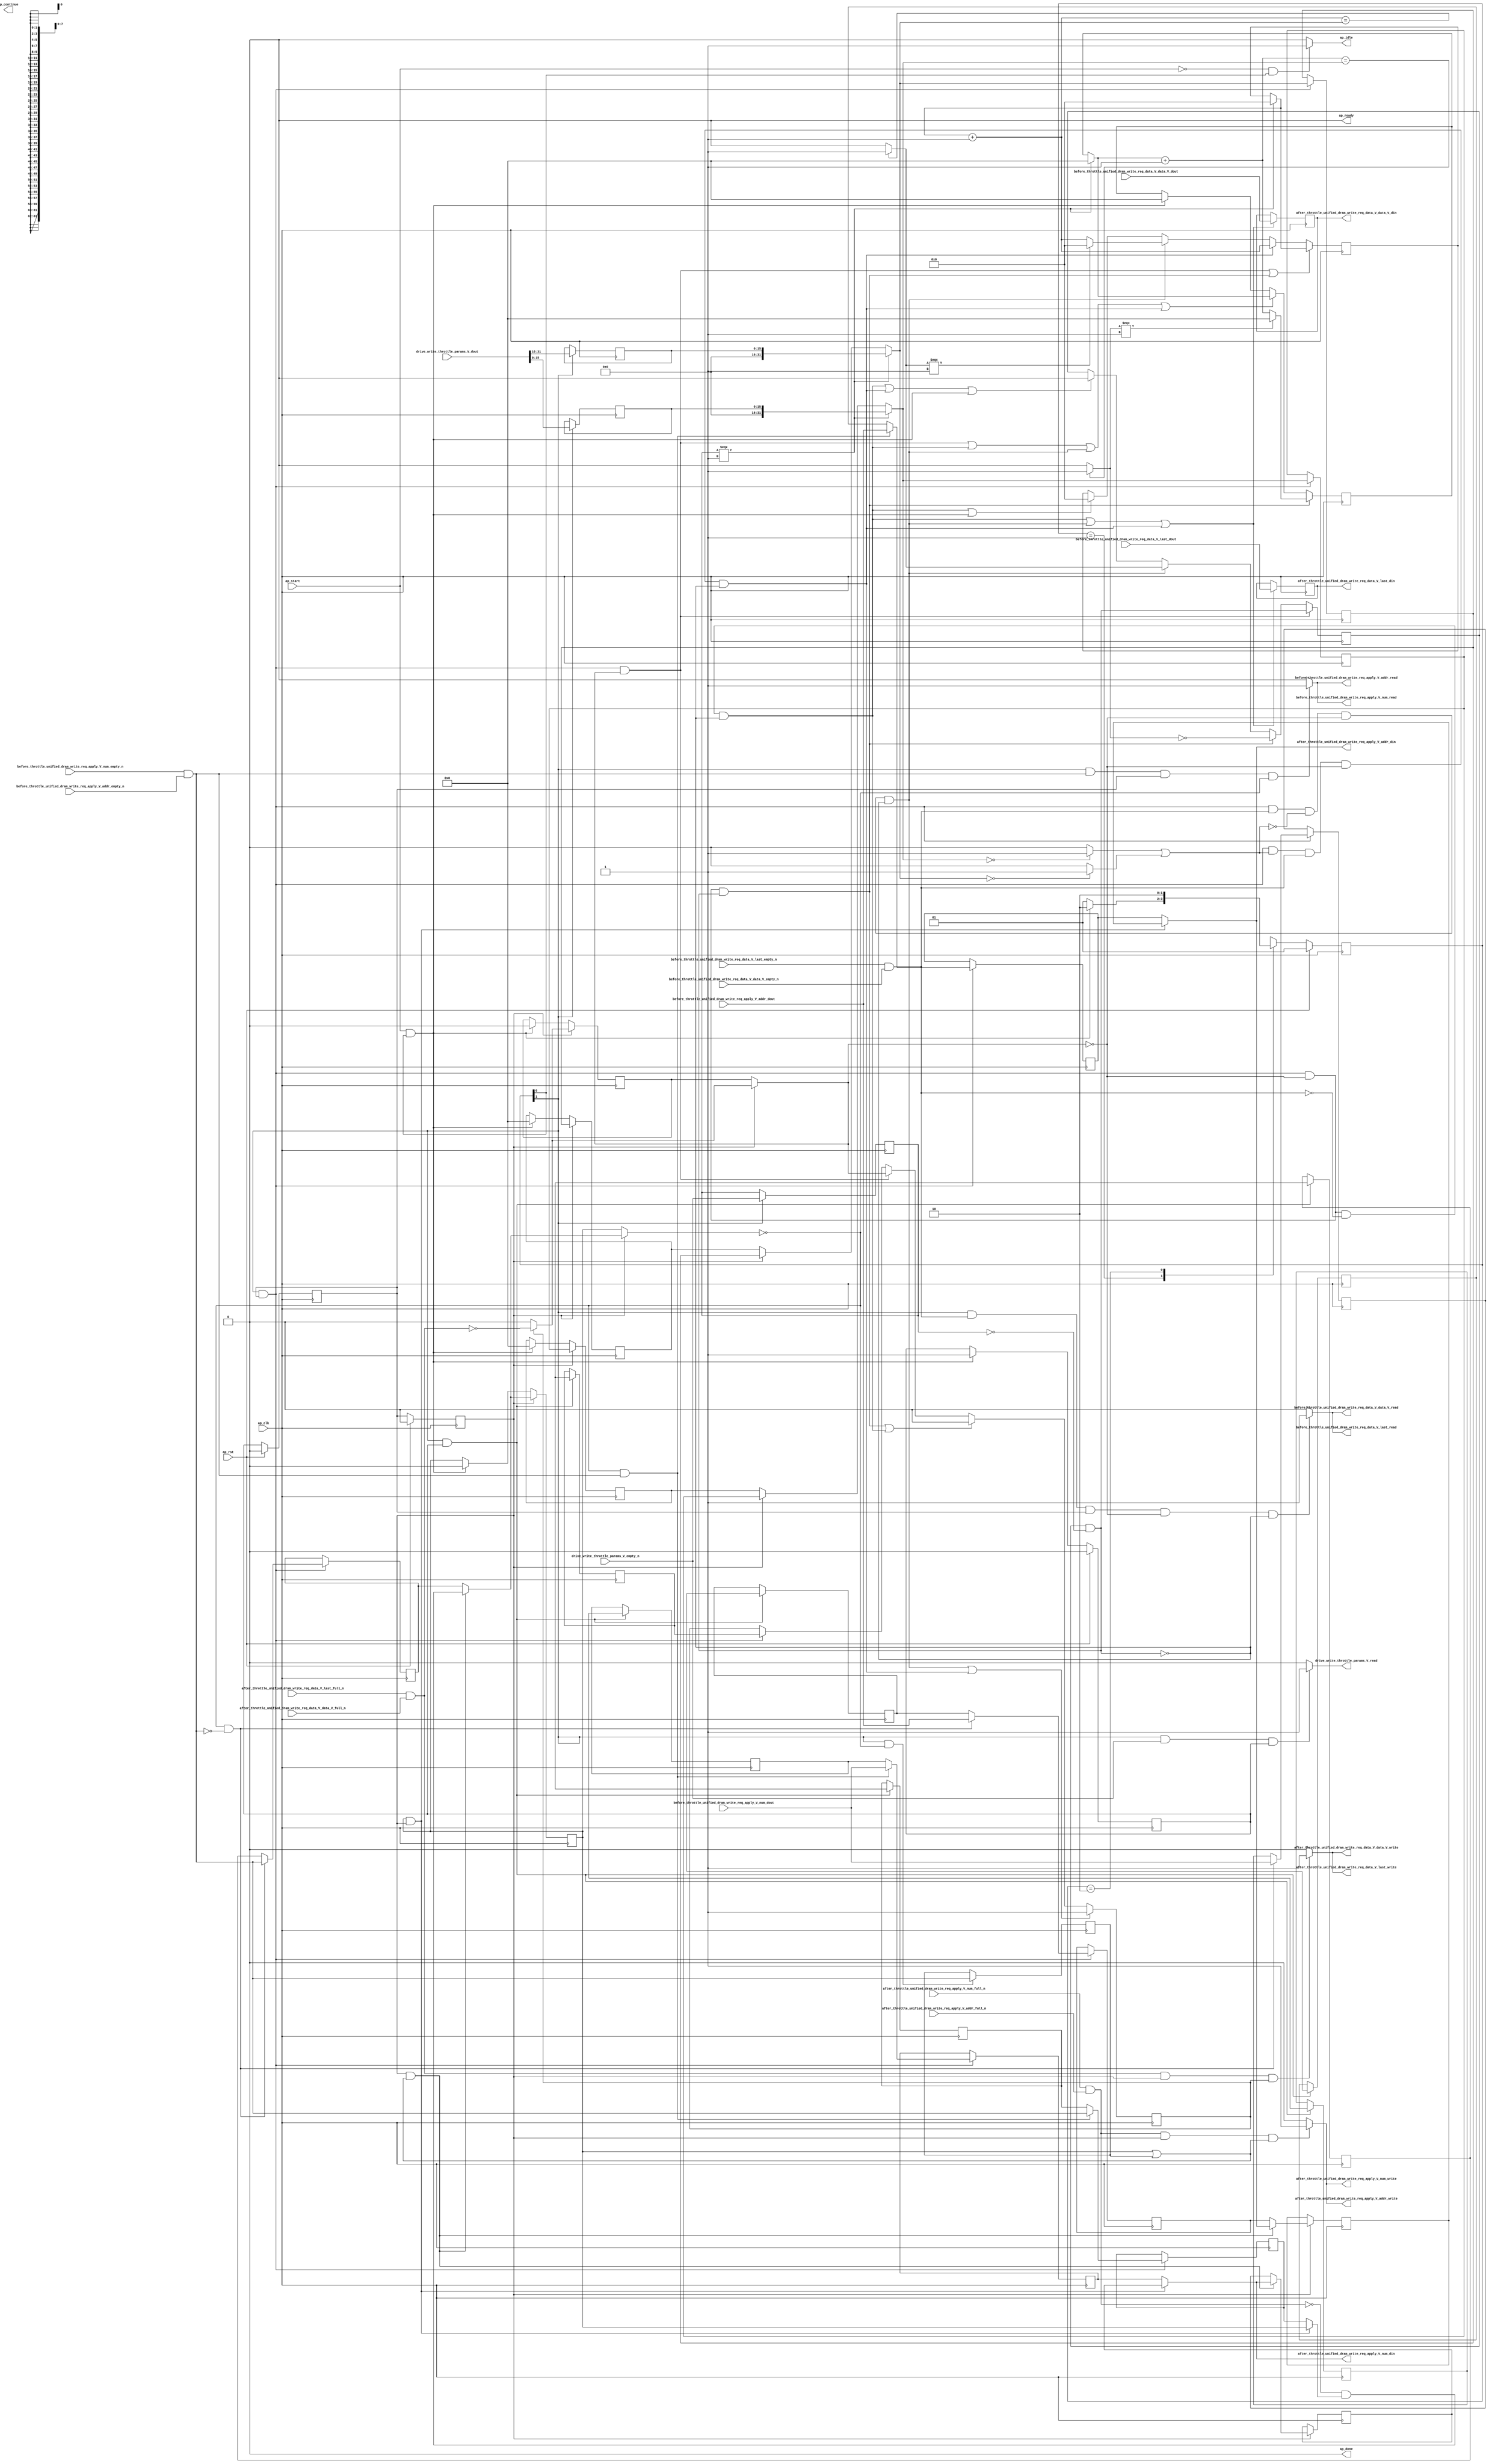
// ==============================================================
// RTL generated by Vivado(TM) HLS - High-Level Synthesis from C, C++ and SystemC
// Version: 2017.4.op
// Copyright (C) 1986-2018 Xilinx, Inc. All Rights Reserved.
// 
// ===========================================================

`timescale 1 ns / 1 ps 

(* CORE_GENERATION_INFO="dram_write_throttle_unit,hls_ip_2017_4_op,{HLS_INPUT_TYPE=cxx,HLS_INPUT_FLOAT=0,HLS_INPUT_FIXED=0,HLS_INPUT_PART=xcvu9p-flgb2104-2-i,HLS_INPUT_CLOCK=4.000000,HLS_INPUT_ARCH=others,HLS_SYN_CLOCK=3.196250,HLS_SYN_LAT=-1,HLS_SYN_TPT=none,HLS_SYN_MEM=0,HLS_SYN_DSP=0,HLS_SYN_FF=1106,HLS_SYN_LUT=752}" *)

module dram_write_throttle_unit (
        ap_clk,
        ap_rst,
        ap_start,
        ap_done,
ap_continue,
        ap_idle,
        ap_ready,
        drive_write_throttle_params_V_dout,
        drive_write_throttle_params_V_empty_n,
        drive_write_throttle_params_V_read,
        before_throttle_unified_dram_write_req_data_V_last_dout,
        before_throttle_unified_dram_write_req_data_V_last_empty_n,
        before_throttle_unified_dram_write_req_data_V_last_read,
        before_throttle_unified_dram_write_req_data_V_data_V_dout,
        before_throttle_unified_dram_write_req_data_V_data_V_empty_n,
        before_throttle_unified_dram_write_req_data_V_data_V_read,
        before_throttle_unified_dram_write_req_apply_V_num_dout,
        before_throttle_unified_dram_write_req_apply_V_num_empty_n,
        before_throttle_unified_dram_write_req_apply_V_num_read,
        before_throttle_unified_dram_write_req_apply_V_addr_dout,
        before_throttle_unified_dram_write_req_apply_V_addr_empty_n,
        before_throttle_unified_dram_write_req_apply_V_addr_read,
        after_throttle_unified_dram_write_req_data_V_last_din,
        after_throttle_unified_dram_write_req_data_V_last_full_n,
        after_throttle_unified_dram_write_req_data_V_last_write,
        after_throttle_unified_dram_write_req_data_V_data_V_din,
        after_throttle_unified_dram_write_req_data_V_data_V_full_n,
        after_throttle_unified_dram_write_req_data_V_data_V_write,
        after_throttle_unified_dram_write_req_apply_V_num_din,
        after_throttle_unified_dram_write_req_apply_V_num_full_n,
        after_throttle_unified_dram_write_req_apply_V_num_write,
        after_throttle_unified_dram_write_req_apply_V_addr_din,
        after_throttle_unified_dram_write_req_apply_V_addr_full_n,
        after_throttle_unified_dram_write_req_apply_V_addr_write
);

parameter    ap_ST_fsm_state1 = 2'd1;
parameter    ap_ST_fsm_pp0_stage0 = 2'd2;

input   ap_clk;
input   ap_rst;
input   ap_start;
output   ap_done;
output   ap_idle;
output ap_ready; output ap_continue;
input  [31:0] drive_write_throttle_params_V_dout;
input   drive_write_throttle_params_V_empty_n;
output   drive_write_throttle_params_V_read;
input   before_throttle_unified_dram_write_req_data_V_last_dout;
input   before_throttle_unified_dram_write_req_data_V_last_empty_n;
output   before_throttle_unified_dram_write_req_data_V_last_read;
input  [511:0] before_throttle_unified_dram_write_req_data_V_data_V_dout;
input   before_throttle_unified_dram_write_req_data_V_data_V_empty_n;
output   before_throttle_unified_dram_write_req_data_V_data_V_read;
input  [7:0] before_throttle_unified_dram_write_req_apply_V_num_dout;
input   before_throttle_unified_dram_write_req_apply_V_num_empty_n;
output   before_throttle_unified_dram_write_req_apply_V_num_read;
input  [63:0] before_throttle_unified_dram_write_req_apply_V_addr_dout;
input   before_throttle_unified_dram_write_req_apply_V_addr_empty_n;
output   before_throttle_unified_dram_write_req_apply_V_addr_read;
output   after_throttle_unified_dram_write_req_data_V_last_din;
input   after_throttle_unified_dram_write_req_data_V_last_full_n;
output   after_throttle_unified_dram_write_req_data_V_last_write;
output  [511:0] after_throttle_unified_dram_write_req_data_V_data_V_din;
input   after_throttle_unified_dram_write_req_data_V_data_V_full_n;
output   after_throttle_unified_dram_write_req_data_V_data_V_write;
output  [7:0] after_throttle_unified_dram_write_req_apply_V_num_din;
input   after_throttle_unified_dram_write_req_apply_V_num_full_n;
output   after_throttle_unified_dram_write_req_apply_V_num_write;
output  [63:0] after_throttle_unified_dram_write_req_apply_V_addr_din;
input   after_throttle_unified_dram_write_req_apply_V_addr_full_n;
output   after_throttle_unified_dram_write_req_apply_V_addr_write;

reg ap_idle;
reg drive_write_throttle_params_V_read;

(* fsm_encoding = "none" *) reg   [1:0] ap_CS_fsm;
wire    ap_CS_fsm_state1;
reg   [31:0] throttle_threshold_reg_244;
reg   [31:0] throttle_cnt_reg_255;
reg   [0:0] valid_write_req_data_reg_266;
reg   [0:0] has_write_req_apply_reg_278;
reg   [7:0] p_010_0_s_reg_290;
reg   [63:0] p_010_1_s_reg_301;
reg   [0:0] empty_n_reg_712;
wire    ap_CS_fsm_pp0_stage0;
wire    ap_block_state2_pp0_stage0_iter0;
wire    ap_block_state3_pp0_stage0_iter1;
wire    ap_block_state4_pp0_stage0_iter2;
wire    ap_block_pp0_stage0_11001;
wire   [15:0] throttle_cnt_2_fu_452_p1;
reg   [15:0] throttle_cnt_2_reg_721;
reg   [15:0] throttle_threshold_1_reg_726;
wire   [31:0] throttle_threshold_3_fu_489_p3;
reg   [31:0] throttle_threshold_3_reg_731;
reg    ap_enable_reg_pp0_iter1;
wire   [31:0] throttle_cnt_1_fu_496_p3;
reg   [31:0] throttle_cnt_1_reg_736;
wire   [0:0] write_req_stall_1_fu_508_p2;
wire   [0:0] empty_n_5_fu_522_p1;
reg   [0:0] empty_n_5_reg_745;
reg   [0:0] ap_phi_mux_has_write_req_apply_phi_fu_282_p4;
wire   [0:0] empty_n_4_fu_534_p1;
reg   [0:0] ap_phi_mux_valid_write_req_data_phi_fu_270_p4;
wire   [0:0] or_cond_fu_566_p2;
reg    ap_enable_reg_pp0_iter0;
wire    ap_block_pp0_stage0_subdone;
reg    ap_enable_reg_pp0_iter2;
reg   [31:0] ap_phi_mux_throttle_threshold_phi_fu_248_p4;
wire    ap_block_pp0_stage0;
reg   [31:0] ap_phi_mux_throttle_cnt_phi_fu_259_p4;
reg   [0:0] ap_phi_mux_valid_write_req_data_5_phi_fu_405_p4;
reg   [0:0] ap_phi_mux_has_write_req_apply_3_phi_fu_372_p4;
reg   [7:0] ap_phi_mux_p_010_0_2_phi_fu_348_p4;
reg   [63:0] ap_phi_mux_p_010_1_2_phi_fu_360_p4;
reg   [7:0] ap_phi_mux_tmp_num_phi_fu_315_p4;
reg   [7:0] ap_phi_reg_pp0_iter2_tmp_num_reg_312;
wire   [7:0] ap_phi_reg_pp0_iter0_tmp_num_reg_312;
reg   [7:0] ap_phi_reg_pp0_iter1_tmp_num_reg_312;
reg   [63:0] ap_phi_mux_tmp_addr_phi_fu_326_p4;
reg   [63:0] ap_phi_reg_pp0_iter2_tmp_addr_reg_323;
wire   [63:0] ap_phi_reg_pp0_iter0_tmp_addr_reg_323;
reg   [63:0] ap_phi_reg_pp0_iter1_tmp_addr_reg_323;
reg   [0:0] ap_phi_mux_has_write_req_apply_1_phi_fu_337_p4;
reg   [0:0] ap_phi_reg_pp0_iter2_has_write_req_apply_1_reg_334;
wire   [0:0] ap_phi_reg_pp0_iter0_has_write_req_apply_1_reg_334;
reg   [0:0] ap_phi_reg_pp0_iter1_has_write_req_apply_1_reg_334;
reg   [7:0] ap_phi_reg_pp0_iter2_p_010_0_2_reg_344;
wire   [7:0] ap_phi_reg_pp0_iter0_p_010_0_2_reg_344;
reg   [7:0] ap_phi_reg_pp0_iter1_p_010_0_2_reg_344;
reg   [63:0] ap_phi_reg_pp0_iter2_p_010_1_2_reg_356;
wire   [63:0] ap_phi_reg_pp0_iter0_p_010_1_2_reg_356;
reg   [63:0] ap_phi_reg_pp0_iter1_p_010_1_2_reg_356;
wire   [0:0] p_has_write_req_apply_1_fu_652_p2;
reg   [0:0] ap_phi_reg_pp0_iter2_has_write_req_apply_3_reg_368;
wire   [0:0] ap_phi_reg_pp0_iter0_has_write_req_apply_3_reg_368;
reg   [0:0] ap_phi_reg_pp0_iter1_has_write_req_apply_3_reg_368;
wire   [0:0] ap_phi_mux_valid_write_req_data_3_phi_fu_384_p10;
wire   [0:0] ap_phi_reg_pp0_iter0_valid_write_req_data_3_reg_379;
reg   [0:0] ap_phi_reg_pp0_iter1_valid_write_req_data_3_reg_379;
reg   [0:0] ap_phi_reg_pp0_iter2_valid_write_req_data_3_reg_379;
wire   [0:0] not_full_n_i_fu_667_p2;
wire   [0:0] ap_phi_reg_pp0_iter2_valid_write_req_data_5_reg_401;
reg    before_throttle_unified_dram_write_req_apply_V_num0_update;
wire   [0:0] empty_n_3_nbread_fu_208_p3_0;
reg    before_throttle_unified_dram_write_req_data_V_last0_update;
wire   [0:0] empty_n_2_nbread_fu_216_p3_0;
reg    after_throttle_unified_dram_write_req_apply_V_num1_update;
wire   [0:0] full_n_nbwrite_fu_224_p5;
wire    ap_block_pp0_stage0_01001;
reg    after_throttle_unified_dram_write_req_data_V_last1_update;
wire   [0:0] full_n_1_nbwrite_fu_234_p5;
reg   [31:0] write_req_stall_times_fu_182;
wire   [31:0] write_req_stall_times_1_fu_514_p3;
wire   [31:0] p_s_fu_623_p3;
reg   [0:0] write_req_stall_fu_186;
wire   [0:0] tmp_2_fu_576_p2;
wire   [0:0] not_s_fu_617_p2;
reg   [24:0] write_req_contiguous_times_V_1_fu_190;
wire   [24:0] p_1_fu_582_p3;
wire   [24:0] write_req_contiguous_times_V_fu_548_p2;
wire   [24:0] p_0_1_fu_481_p3;
reg   [0:0] tmp_last_fu_194;
reg   [511:0] tmp_data_V_fu_198;
wire   [31:0] throttle_threshold_2_fu_475_p1;
wire   [31:0] throttle_cnt_2_cast_fu_478_p1;
wire   [0:0] not_empty_n_fu_503_p2;
wire   [0:0] tmp_9_fu_554_p2;
wire   [0:0] tmp_s_fu_560_p2;
wire   [31:0] tmp_1_fu_572_p1;
wire   [31:0] write_req_stall_times_2_fu_605_p2;
wire   [0:0] tmp_6_fu_611_p2;
wire   [0:0] not_full_n_i7_fu_646_p2;
reg   [1:0] ap_NS_fsm;
reg    ap_idle_pp0;
wire    ap_enable_pp0;
reg    ap_condition_110;

// power-on initialization
initial begin
#0 ap_CS_fsm = 2'd1;
#0 ap_enable_reg_pp0_iter1 = 1'b0;
#0 ap_enable_reg_pp0_iter0 = 1'b0;
#0 ap_enable_reg_pp0_iter2 = 1'b0;
end

always @ (posedge ap_clk) begin
    if (ap_rst == 1'b1) begin
        ap_CS_fsm <= ap_ST_fsm_state1;
    end else begin
        ap_CS_fsm <= ap_NS_fsm;
    end
end

always @ (posedge ap_clk) begin
    if (ap_rst == 1'b1) begin
        ap_enable_reg_pp0_iter0 <= 1'b0;
    end else begin
        if (((ap_start == 1'b1) & (1'b1 == ap_CS_fsm_state1))) begin
            ap_enable_reg_pp0_iter0 <= 1'b1;
        end
    end
end

always @ (posedge ap_clk) begin
    if (ap_rst == 1'b1) begin
        ap_enable_reg_pp0_iter1 <= 1'b0;
    end else begin
        if ((1'b0 == ap_block_pp0_stage0_subdone)) begin
            ap_enable_reg_pp0_iter1 <= ap_enable_reg_pp0_iter0;
        end else if (((ap_start == 1'b1) & (1'b1 == ap_CS_fsm_state1))) begin
            ap_enable_reg_pp0_iter1 <= 1'b0;
        end
    end
end

always @ (posedge ap_clk) begin
    if (ap_rst == 1'b1) begin
        ap_enable_reg_pp0_iter2 <= 1'b0;
    end else begin
        if ((1'b0 == ap_block_pp0_stage0_subdone)) begin
            ap_enable_reg_pp0_iter2 <= ap_enable_reg_pp0_iter1;
        end else if (((ap_start == 1'b1) & (1'b1 == ap_CS_fsm_state1))) begin
            ap_enable_reg_pp0_iter2 <= 1'b0;
        end
    end
end

always @ (posedge ap_clk) begin
    if ((1'b1 == ap_condition_110)) begin
        if (((ap_phi_mux_has_write_req_apply_phi_fu_282_p4 == 1'd0) & (empty_n_5_fu_522_p1 == 1'd1))) begin
            ap_phi_reg_pp0_iter2_has_write_req_apply_1_reg_334 <= empty_n_3_nbread_fu_208_p3_0;
        end else if ((1'b1 == 1'b1)) begin
            ap_phi_reg_pp0_iter2_has_write_req_apply_1_reg_334 <= ap_phi_reg_pp0_iter1_has_write_req_apply_1_reg_334;
        end
    end
end

always @ (posedge ap_clk) begin
    if ((1'b1 == ap_condition_110)) begin
        if (((ap_phi_mux_has_write_req_apply_phi_fu_282_p4 == 1'd0) & (empty_n_5_fu_522_p1 == 1'd0))) begin
            ap_phi_reg_pp0_iter2_has_write_req_apply_3_reg_368 <= empty_n_3_nbread_fu_208_p3_0;
        end else if ((1'b1 == 1'b1)) begin
            ap_phi_reg_pp0_iter2_has_write_req_apply_3_reg_368 <= ap_phi_reg_pp0_iter1_has_write_req_apply_3_reg_368;
        end
    end
end

always @ (posedge ap_clk) begin
    if ((1'b1 == ap_condition_110)) begin
        if (((ap_phi_mux_has_write_req_apply_phi_fu_282_p4 == 1'd0) & (empty_n_5_fu_522_p1 == 1'd0))) begin
            ap_phi_reg_pp0_iter2_p_010_0_2_reg_344 <= before_throttle_unified_dram_write_req_apply_V_num_dout;
        end else if ((1'b1 == 1'b1)) begin
            ap_phi_reg_pp0_iter2_p_010_0_2_reg_344 <= ap_phi_reg_pp0_iter1_p_010_0_2_reg_344;
        end
    end
end

always @ (posedge ap_clk) begin
    if ((1'b1 == ap_condition_110)) begin
        if (((ap_phi_mux_has_write_req_apply_phi_fu_282_p4 == 1'd0) & (empty_n_5_fu_522_p1 == 1'd0))) begin
            ap_phi_reg_pp0_iter2_p_010_1_2_reg_356 <= before_throttle_unified_dram_write_req_apply_V_addr_dout;
        end else if ((1'b1 == 1'b1)) begin
            ap_phi_reg_pp0_iter2_p_010_1_2_reg_356 <= ap_phi_reg_pp0_iter1_p_010_1_2_reg_356;
        end
    end
end

always @ (posedge ap_clk) begin
    if ((1'b1 == ap_condition_110)) begin
        if (((ap_phi_mux_has_write_req_apply_phi_fu_282_p4 == 1'd0) & (empty_n_5_fu_522_p1 == 1'd1))) begin
            ap_phi_reg_pp0_iter2_tmp_addr_reg_323 <= before_throttle_unified_dram_write_req_apply_V_addr_dout;
        end else if ((1'b1 == 1'b1)) begin
            ap_phi_reg_pp0_iter2_tmp_addr_reg_323 <= ap_phi_reg_pp0_iter1_tmp_addr_reg_323;
        end
    end
end

always @ (posedge ap_clk) begin
    if ((1'b1 == ap_condition_110)) begin
        if (((ap_phi_mux_has_write_req_apply_phi_fu_282_p4 == 1'd0) & (empty_n_5_fu_522_p1 == 1'd1))) begin
            ap_phi_reg_pp0_iter2_tmp_num_reg_312 <= before_throttle_unified_dram_write_req_apply_V_num_dout;
        end else if ((1'b1 == 1'b1)) begin
            ap_phi_reg_pp0_iter2_tmp_num_reg_312 <= ap_phi_reg_pp0_iter1_tmp_num_reg_312;
        end
    end
end

always @ (posedge ap_clk) begin
    if ((((1'b0 == ap_block_pp0_stage0_11001) & (1'b1 == ap_CS_fsm_pp0_stage0) & (ap_enable_reg_pp0_iter1 == 1'b1) & (empty_n_4_fu_534_p1 == 1'd1) & (or_cond_fu_566_p2 == 1'd0) & (ap_phi_mux_valid_write_req_data_phi_fu_270_p4 == 1'd0) & (write_req_stall_1_fu_508_p2 == 1'd0)) | ((1'b0 == ap_block_pp0_stage0_11001) & (1'b1 == ap_CS_fsm_pp0_stage0) & (ap_enable_reg_pp0_iter1 == 1'b1) & (or_cond_fu_566_p2 == 1'd1) & (empty_n_4_fu_534_p1 == 1'd1) & (ap_phi_mux_valid_write_req_data_phi_fu_270_p4 == 1'd0) & (write_req_stall_1_fu_508_p2 == 1'd0)))) begin
        ap_phi_reg_pp0_iter2_valid_write_req_data_3_reg_379 <= 1'd1;
    end else if ((((1'b0 == ap_block_pp0_stage0_11001) & (1'b1 == ap_CS_fsm_pp0_stage0) & (ap_enable_reg_pp0_iter1 == 1'b1) & (ap_phi_mux_valid_write_req_data_phi_fu_270_p4 == 1'd0) & (write_req_stall_1_fu_508_p2 == 1'd1)) | ((1'b0 == ap_block_pp0_stage0_11001) & (1'b1 == ap_CS_fsm_pp0_stage0) & (ap_enable_reg_pp0_iter1 == 1'b1) & (ap_phi_mux_valid_write_req_data_phi_fu_270_p4 == 1'd0) & (empty_n_4_fu_534_p1 == 1'd0) & (write_req_stall_1_fu_508_p2 == 1'd0)))) begin
        ap_phi_reg_pp0_iter2_valid_write_req_data_3_reg_379 <= 1'd0;
    end else if (((1'b0 == ap_block_pp0_stage0_11001) & (1'b1 == ap_CS_fsm_pp0_stage0) & (ap_enable_reg_pp0_iter1 == 1'b1) & (ap_phi_mux_valid_write_req_data_phi_fu_270_p4 == 1'd1))) begin
        ap_phi_reg_pp0_iter2_valid_write_req_data_3_reg_379 <= ap_phi_mux_valid_write_req_data_phi_fu_270_p4;
    end else if (((1'b0 == ap_block_pp0_stage0_11001) & (1'b1 == ap_CS_fsm_pp0_stage0) & (ap_enable_reg_pp0_iter1 == 1'b1))) begin
        ap_phi_reg_pp0_iter2_valid_write_req_data_3_reg_379 <= ap_phi_reg_pp0_iter1_valid_write_req_data_3_reg_379;
    end
end

always @ (posedge ap_clk) begin
    if (((1'b0 == ap_block_pp0_stage0_11001) & (ap_enable_reg_pp0_iter2 == 1'b1))) begin
        has_write_req_apply_reg_278 <= ap_phi_mux_has_write_req_apply_3_phi_fu_372_p4;
    end else if (((ap_start == 1'b1) & (1'b1 == ap_CS_fsm_state1))) begin
        has_write_req_apply_reg_278 <= 1'd0;
    end
end

always @ (posedge ap_clk) begin
    if (((1'b0 == ap_block_pp0_stage0_11001) & (ap_enable_reg_pp0_iter2 == 1'b1))) begin
        throttle_cnt_reg_255 <= throttle_cnt_1_reg_736;
    end else if (((ap_start == 1'b1) & (1'b1 == ap_CS_fsm_state1))) begin
        throttle_cnt_reg_255 <= 32'd0;
    end
end

always @ (posedge ap_clk) begin
    if (((1'b0 == ap_block_pp0_stage0_11001) & (ap_enable_reg_pp0_iter2 == 1'b1))) begin
        throttle_threshold_reg_244 <= throttle_threshold_3_reg_731;
    end else if (((ap_start == 1'b1) & (1'b1 == ap_CS_fsm_state1))) begin
        throttle_threshold_reg_244 <= 32'd0;
    end
end

always @ (posedge ap_clk) begin
    if (((1'b0 == ap_block_pp0_stage0_11001) & (ap_enable_reg_pp0_iter2 == 1'b1))) begin
        valid_write_req_data_reg_266 <= ap_phi_mux_valid_write_req_data_5_phi_fu_405_p4;
    end else if (((ap_start == 1'b1) & (1'b1 == ap_CS_fsm_state1))) begin
        valid_write_req_data_reg_266 <= 1'd0;
    end
end

always @ (posedge ap_clk) begin
    if ((((1'b0 == ap_block_pp0_stage0_11001) & (1'b1 == ap_CS_fsm_pp0_stage0) & (ap_enable_reg_pp0_iter1 == 1'b1) & (ap_phi_mux_valid_write_req_data_phi_fu_270_p4 == 1'd1)) | ((1'b0 == ap_block_pp0_stage0_11001) & (1'b1 == ap_CS_fsm_pp0_stage0) & (ap_enable_reg_pp0_iter1 == 1'b1) & (ap_phi_mux_valid_write_req_data_phi_fu_270_p4 == 1'd0) & (write_req_stall_1_fu_508_p2 == 1'd1)))) begin
        write_req_contiguous_times_V_1_fu_190 <= p_0_1_fu_481_p3;
    end else if (((1'b0 == ap_block_pp0_stage0_11001) & (1'b1 == ap_CS_fsm_pp0_stage0) & (ap_enable_reg_pp0_iter1 == 1'b1) & (or_cond_fu_566_p2 == 1'd1) & (empty_n_4_fu_534_p1 == 1'd1) & (ap_phi_mux_valid_write_req_data_phi_fu_270_p4 == 1'd0) & (write_req_stall_1_fu_508_p2 == 1'd0))) begin
        write_req_contiguous_times_V_1_fu_190 <= write_req_contiguous_times_V_fu_548_p2;
    end else if (((1'b0 == ap_block_pp0_stage0_11001) & (1'b1 == ap_CS_fsm_pp0_stage0) & (ap_enable_reg_pp0_iter1 == 1'b1) & (empty_n_4_fu_534_p1 == 1'd1) & (or_cond_fu_566_p2 == 1'd0) & (ap_phi_mux_valid_write_req_data_phi_fu_270_p4 == 1'd0) & (write_req_stall_1_fu_508_p2 == 1'd0))) begin
        write_req_contiguous_times_V_1_fu_190 <= p_1_fu_582_p3;
    end else if ((((1'b0 == ap_block_pp0_stage0_11001) & (1'b1 == ap_CS_fsm_pp0_stage0) & (ap_enable_reg_pp0_iter1 == 1'b1) & (ap_phi_mux_valid_write_req_data_phi_fu_270_p4 == 1'd0) & (empty_n_4_fu_534_p1 == 1'd0) & (write_req_stall_1_fu_508_p2 == 1'd0)) | ((ap_start == 1'b1) & (1'b1 == ap_CS_fsm_state1)))) begin
        write_req_contiguous_times_V_1_fu_190 <= 25'd0;
    end
end

always @ (posedge ap_clk) begin
    if (((1'b0 == ap_block_pp0_stage0_11001) & (1'b1 == ap_CS_fsm_pp0_stage0) & (ap_enable_reg_pp0_iter1 == 1'b1) & (ap_phi_mux_valid_write_req_data_phi_fu_270_p4 == 1'd1))) begin
        write_req_stall_fu_186 <= write_req_stall_1_fu_508_p2;
    end else if (((1'b0 == ap_block_pp0_stage0_11001) & (1'b1 == ap_CS_fsm_pp0_stage0) & (ap_enable_reg_pp0_iter1 == 1'b1) & (ap_phi_mux_valid_write_req_data_phi_fu_270_p4 == 1'd0) & (write_req_stall_1_fu_508_p2 == 1'd1))) begin
        write_req_stall_fu_186 <= not_s_fu_617_p2;
    end else if (((1'b0 == ap_block_pp0_stage0_11001) & (1'b1 == ap_CS_fsm_pp0_stage0) & (ap_enable_reg_pp0_iter1 == 1'b1) & (empty_n_4_fu_534_p1 == 1'd1) & (or_cond_fu_566_p2 == 1'd0) & (ap_phi_mux_valid_write_req_data_phi_fu_270_p4 == 1'd0) & (write_req_stall_1_fu_508_p2 == 1'd0))) begin
        write_req_stall_fu_186 <= tmp_2_fu_576_p2;
    end else if ((((1'b0 == ap_block_pp0_stage0_11001) & (1'b1 == ap_CS_fsm_pp0_stage0) & (ap_enable_reg_pp0_iter1 == 1'b1) & (ap_phi_mux_valid_write_req_data_phi_fu_270_p4 == 1'd0) & (empty_n_4_fu_534_p1 == 1'd0) & (write_req_stall_1_fu_508_p2 == 1'd0)) | ((1'b0 == ap_block_pp0_stage0_11001) & (1'b1 == ap_CS_fsm_pp0_stage0) & (ap_enable_reg_pp0_iter1 == 1'b1) & (or_cond_fu_566_p2 == 1'd1) & (empty_n_4_fu_534_p1 == 1'd1) & (ap_phi_mux_valid_write_req_data_phi_fu_270_p4 == 1'd0) & (write_req_stall_1_fu_508_p2 == 1'd0)) | ((ap_start == 1'b1) & (1'b1 == ap_CS_fsm_state1)))) begin
        write_req_stall_fu_186 <= 1'd0;
    end
end

always @ (posedge ap_clk) begin
    if (((1'b0 == ap_block_pp0_stage0_11001) & (1'b1 == ap_CS_fsm_pp0_stage0) & (ap_enable_reg_pp0_iter1 == 1'b1) & (ap_phi_mux_valid_write_req_data_phi_fu_270_p4 == 1'd0) & (write_req_stall_1_fu_508_p2 == 1'd1))) begin
        write_req_stall_times_fu_182 <= p_s_fu_623_p3;
    end else if ((((1'b0 == ap_block_pp0_stage0_11001) & (1'b1 == ap_CS_fsm_pp0_stage0) & (ap_enable_reg_pp0_iter1 == 1'b1) & (ap_phi_mux_valid_write_req_data_phi_fu_270_p4 == 1'd1)) | ((1'b0 == ap_block_pp0_stage0_11001) & (1'b1 == ap_CS_fsm_pp0_stage0) & (ap_enable_reg_pp0_iter1 == 1'b1) & (ap_phi_mux_valid_write_req_data_phi_fu_270_p4 == 1'd0) & (empty_n_4_fu_534_p1 == 1'd0) & (write_req_stall_1_fu_508_p2 == 1'd0)) | ((1'b0 == ap_block_pp0_stage0_11001) & (1'b1 == ap_CS_fsm_pp0_stage0) & (ap_enable_reg_pp0_iter1 == 1'b1) & (empty_n_4_fu_534_p1 == 1'd1) & (or_cond_fu_566_p2 == 1'd0) & (ap_phi_mux_valid_write_req_data_phi_fu_270_p4 == 1'd0) & (write_req_stall_1_fu_508_p2 == 1'd0)) | ((1'b0 == ap_block_pp0_stage0_11001) & (1'b1 == ap_CS_fsm_pp0_stage0) & (ap_enable_reg_pp0_iter1 == 1'b1) & (or_cond_fu_566_p2 == 1'd1) & (empty_n_4_fu_534_p1 == 1'd1) & (ap_phi_mux_valid_write_req_data_phi_fu_270_p4 == 1'd0) & (write_req_stall_1_fu_508_p2 == 1'd0)))) begin
        write_req_stall_times_fu_182 <= write_req_stall_times_1_fu_514_p3;
    end else if (((ap_start == 1'b1) & (1'b1 == ap_CS_fsm_state1))) begin
        write_req_stall_times_fu_182 <= 32'd0;
    end
end

always @ (posedge ap_clk) begin
    if (((1'b0 == ap_block_pp0_stage0_11001) & (1'b1 == ap_CS_fsm_pp0_stage0) & (ap_enable_reg_pp0_iter0 == 1'b1))) begin
        ap_phi_reg_pp0_iter1_has_write_req_apply_1_reg_334 <= ap_phi_reg_pp0_iter0_has_write_req_apply_1_reg_334;
        ap_phi_reg_pp0_iter1_has_write_req_apply_3_reg_368 <= ap_phi_reg_pp0_iter0_has_write_req_apply_3_reg_368;
        ap_phi_reg_pp0_iter1_p_010_0_2_reg_344 <= ap_phi_reg_pp0_iter0_p_010_0_2_reg_344;
        ap_phi_reg_pp0_iter1_p_010_1_2_reg_356 <= ap_phi_reg_pp0_iter0_p_010_1_2_reg_356;
        ap_phi_reg_pp0_iter1_tmp_addr_reg_323 <= ap_phi_reg_pp0_iter0_tmp_addr_reg_323;
        ap_phi_reg_pp0_iter1_tmp_num_reg_312 <= ap_phi_reg_pp0_iter0_tmp_num_reg_312;
        ap_phi_reg_pp0_iter1_valid_write_req_data_3_reg_379 <= ap_phi_reg_pp0_iter0_valid_write_req_data_3_reg_379;
    end
end

always @ (posedge ap_clk) begin
    if (((1'b0 == ap_block_pp0_stage0_11001) & (1'b1 == ap_CS_fsm_pp0_stage0) & (ap_phi_mux_has_write_req_apply_phi_fu_282_p4 == 1'd0))) begin
        empty_n_5_reg_745 <= empty_n_3_nbread_fu_208_p3_0;
    end
end

always @ (posedge ap_clk) begin
    if (((1'b0 == ap_block_pp0_stage0_11001) & (1'b1 == ap_CS_fsm_pp0_stage0))) begin
        empty_n_reg_712 <= drive_write_throttle_params_V_empty_n;
        throttle_cnt_2_reg_721 <= throttle_cnt_2_fu_452_p1;
        throttle_threshold_1_reg_726 <= {{drive_write_throttle_params_V_dout[31:16]}};
    end
end

always @ (posedge ap_clk) begin
    if (((1'b0 == ap_block_pp0_stage0_11001) & (ap_enable_reg_pp0_iter2 == 1'b1))) begin
        p_010_0_s_reg_290 <= ap_phi_mux_p_010_0_2_phi_fu_348_p4;
        p_010_1_s_reg_301 <= ap_phi_mux_p_010_1_2_phi_fu_360_p4;
    end
end

always @ (posedge ap_clk) begin
    if (((1'b0 == ap_block_pp0_stage0_11001) & (1'b1 == ap_CS_fsm_pp0_stage0) & (ap_enable_reg_pp0_iter1 == 1'b1))) begin
        throttle_cnt_1_reg_736 <= throttle_cnt_1_fu_496_p3;
        throttle_threshold_3_reg_731 <= throttle_threshold_3_fu_489_p3;
    end
end

always @ (posedge ap_clk) begin
    if ((((1'b0 == ap_block_pp0_stage0_11001) & (1'b1 == ap_CS_fsm_pp0_stage0) & (ap_enable_reg_pp0_iter1 == 1'b1) & (ap_phi_mux_valid_write_req_data_phi_fu_270_p4 == 1'd0) & (empty_n_4_fu_534_p1 == 1'd0) & (write_req_stall_1_fu_508_p2 == 1'd0)) | ((1'b0 == ap_block_pp0_stage0_11001) & (1'b1 == ap_CS_fsm_pp0_stage0) & (ap_enable_reg_pp0_iter1 == 1'b1) & (empty_n_4_fu_534_p1 == 1'd1) & (or_cond_fu_566_p2 == 1'd0) & (ap_phi_mux_valid_write_req_data_phi_fu_270_p4 == 1'd0) & (write_req_stall_1_fu_508_p2 == 1'd0)) | ((1'b0 == ap_block_pp0_stage0_11001) & (1'b1 == ap_CS_fsm_pp0_stage0) & (ap_enable_reg_pp0_iter1 == 1'b1) & (or_cond_fu_566_p2 == 1'd1) & (empty_n_4_fu_534_p1 == 1'd1) & (ap_phi_mux_valid_write_req_data_phi_fu_270_p4 == 1'd0) & (write_req_stall_1_fu_508_p2 == 1'd0)))) begin
        tmp_data_V_fu_198 <= before_throttle_unified_dram_write_req_data_V_data_V_dout;
        tmp_last_fu_194 <= before_throttle_unified_dram_write_req_data_V_last_dout;
    end
end

always @ (*) begin
    if (((1'b0 == ap_block_pp0_stage0_11001) & ((after_throttle_unified_dram_write_req_apply_V_num_full_n & after_throttle_unified_dram_write_req_apply_V_addr_full_n) == 1'b1) & (ap_enable_reg_pp0_iter2 == 1'b1) & ((has_write_req_apply_reg_278 == 1'd1) | (empty_n_5_reg_745 == 1'd1)))) begin
        after_throttle_unified_dram_write_req_apply_V_num1_update = 1'b1;
    end else begin
        after_throttle_unified_dram_write_req_apply_V_num1_update = 1'b0;
    end
end

always @ (*) begin
    if (((1'b0 == ap_block_pp0_stage0_11001) & ((after_throttle_unified_dram_write_req_data_V_last_full_n & after_throttle_unified_dram_write_req_data_V_data_V_full_n) == 1'b1) & (ap_enable_reg_pp0_iter2 == 1'b1) & (ap_phi_mux_valid_write_req_data_3_phi_fu_384_p10 == 1'd1))) begin
        after_throttle_unified_dram_write_req_data_V_last1_update = 1'b1;
    end else begin
        after_throttle_unified_dram_write_req_data_V_last1_update = 1'b0;
    end
end

always @ (*) begin
    if (((ap_start == 1'b0) & (1'b1 == ap_CS_fsm_state1))) begin
        ap_idle = 1'b1;
    end else begin
        ap_idle = 1'b0;
    end
end

always @ (*) begin
    if (((ap_enable_reg_pp0_iter2 == 1'b0) & (ap_enable_reg_pp0_iter0 == 1'b0) & (ap_enable_reg_pp0_iter1 == 1'b0))) begin
        ap_idle_pp0 = 1'b1;
    end else begin
        ap_idle_pp0 = 1'b0;
    end
end

always @ (*) begin
    if (((has_write_req_apply_reg_278 == 1'd1) & (ap_enable_reg_pp0_iter2 == 1'b1) & (1'b0 == ap_block_pp0_stage0))) begin
        ap_phi_mux_has_write_req_apply_1_phi_fu_337_p4 = has_write_req_apply_reg_278;
    end else begin
        ap_phi_mux_has_write_req_apply_1_phi_fu_337_p4 = ap_phi_reg_pp0_iter2_has_write_req_apply_1_reg_334;
    end
end

always @ (*) begin
    if (((ap_enable_reg_pp0_iter2 == 1'b1) & (1'b0 == ap_block_pp0_stage0) & ((has_write_req_apply_reg_278 == 1'd1) | (empty_n_5_reg_745 == 1'd1)))) begin
        ap_phi_mux_has_write_req_apply_3_phi_fu_372_p4 = p_has_write_req_apply_1_fu_652_p2;
    end else begin
        ap_phi_mux_has_write_req_apply_3_phi_fu_372_p4 = ap_phi_reg_pp0_iter2_has_write_req_apply_3_reg_368;
    end
end

always @ (*) begin
    if (((ap_enable_reg_pp0_iter2 == 1'b1) & (1'b0 == ap_block_pp0_stage0))) begin
        ap_phi_mux_has_write_req_apply_phi_fu_282_p4 = ap_phi_mux_has_write_req_apply_3_phi_fu_372_p4;
    end else begin
        ap_phi_mux_has_write_req_apply_phi_fu_282_p4 = has_write_req_apply_reg_278;
    end
end

always @ (*) begin
    if (((ap_enable_reg_pp0_iter2 == 1'b1) & (1'b0 == ap_block_pp0_stage0) & ((has_write_req_apply_reg_278 == 1'd1) | (empty_n_5_reg_745 == 1'd1)))) begin
        ap_phi_mux_p_010_0_2_phi_fu_348_p4 = ap_phi_mux_tmp_num_phi_fu_315_p4;
    end else begin
        ap_phi_mux_p_010_0_2_phi_fu_348_p4 = ap_phi_reg_pp0_iter2_p_010_0_2_reg_344;
    end
end

always @ (*) begin
    if (((ap_enable_reg_pp0_iter2 == 1'b1) & (1'b0 == ap_block_pp0_stage0) & ((has_write_req_apply_reg_278 == 1'd1) | (empty_n_5_reg_745 == 1'd1)))) begin
        ap_phi_mux_p_010_1_2_phi_fu_360_p4 = ap_phi_mux_tmp_addr_phi_fu_326_p4;
    end else begin
        ap_phi_mux_p_010_1_2_phi_fu_360_p4 = ap_phi_reg_pp0_iter2_p_010_1_2_reg_356;
    end
end

always @ (*) begin
    if (((ap_enable_reg_pp0_iter2 == 1'b1) & (1'b0 == ap_block_pp0_stage0))) begin
        ap_phi_mux_throttle_cnt_phi_fu_259_p4 = throttle_cnt_1_reg_736;
    end else begin
        ap_phi_mux_throttle_cnt_phi_fu_259_p4 = throttle_cnt_reg_255;
    end
end

always @ (*) begin
    if (((ap_enable_reg_pp0_iter2 == 1'b1) & (1'b0 == ap_block_pp0_stage0))) begin
        ap_phi_mux_throttle_threshold_phi_fu_248_p4 = throttle_threshold_3_reg_731;
    end else begin
        ap_phi_mux_throttle_threshold_phi_fu_248_p4 = throttle_threshold_reg_244;
    end
end

always @ (*) begin
    if (((has_write_req_apply_reg_278 == 1'd1) & (ap_enable_reg_pp0_iter2 == 1'b1) & (1'b0 == ap_block_pp0_stage0))) begin
        ap_phi_mux_tmp_addr_phi_fu_326_p4 = p_010_1_s_reg_301;
    end else begin
        ap_phi_mux_tmp_addr_phi_fu_326_p4 = ap_phi_reg_pp0_iter2_tmp_addr_reg_323;
    end
end

always @ (*) begin
    if (((has_write_req_apply_reg_278 == 1'd1) & (ap_enable_reg_pp0_iter2 == 1'b1) & (1'b0 == ap_block_pp0_stage0))) begin
        ap_phi_mux_tmp_num_phi_fu_315_p4 = p_010_0_s_reg_290;
    end else begin
        ap_phi_mux_tmp_num_phi_fu_315_p4 = ap_phi_reg_pp0_iter2_tmp_num_reg_312;
    end
end

always @ (*) begin
    if (((ap_enable_reg_pp0_iter2 == 1'b1) & (1'b0 == ap_block_pp0_stage0))) begin
        if ((ap_phi_mux_valid_write_req_data_3_phi_fu_384_p10 == 1'd0)) begin
            ap_phi_mux_valid_write_req_data_5_phi_fu_405_p4 = ap_phi_reg_pp0_iter2_valid_write_req_data_3_reg_379;
        end else if ((ap_phi_mux_valid_write_req_data_3_phi_fu_384_p10 == 1'd1)) begin
            ap_phi_mux_valid_write_req_data_5_phi_fu_405_p4 = not_full_n_i_fu_667_p2;
        end else begin
            ap_phi_mux_valid_write_req_data_5_phi_fu_405_p4 = ap_phi_reg_pp0_iter2_valid_write_req_data_5_reg_401;
        end
    end else begin
        ap_phi_mux_valid_write_req_data_5_phi_fu_405_p4 = ap_phi_reg_pp0_iter2_valid_write_req_data_5_reg_401;
    end
end

always @ (*) begin
    if (((ap_enable_reg_pp0_iter2 == 1'b1) & (1'b0 == ap_block_pp0_stage0))) begin
        ap_phi_mux_valid_write_req_data_phi_fu_270_p4 = ap_phi_mux_valid_write_req_data_5_phi_fu_405_p4;
    end else begin
        ap_phi_mux_valid_write_req_data_phi_fu_270_p4 = valid_write_req_data_reg_266;
    end
end

always @ (*) begin
    if (((1'b0 == ap_block_pp0_stage0_11001) & (1'b1 == ap_CS_fsm_pp0_stage0) & ((before_throttle_unified_dram_write_req_apply_V_num_empty_n & before_throttle_unified_dram_write_req_apply_V_addr_empty_n) == 1'b1) & (ap_enable_reg_pp0_iter1 == 1'b1) & (ap_phi_mux_has_write_req_apply_phi_fu_282_p4 == 1'd0))) begin
        before_throttle_unified_dram_write_req_apply_V_num0_update = 1'b1;
    end else begin
        before_throttle_unified_dram_write_req_apply_V_num0_update = 1'b0;
    end
end

always @ (*) begin
    if (((1'b0 == ap_block_pp0_stage0_11001) & (1'b1 == ap_CS_fsm_pp0_stage0) & ((before_throttle_unified_dram_write_req_data_V_last_empty_n & before_throttle_unified_dram_write_req_data_V_data_V_empty_n) == 1'b1) & (ap_enable_reg_pp0_iter1 == 1'b1) & (ap_phi_mux_valid_write_req_data_phi_fu_270_p4 == 1'd0) & (write_req_stall_1_fu_508_p2 == 1'd0))) begin
        before_throttle_unified_dram_write_req_data_V_last0_update = 1'b1;
    end else begin
        before_throttle_unified_dram_write_req_data_V_last0_update = 1'b0;
    end
end

always @ (*) begin
    if (((1'b0 == ap_block_pp0_stage0_11001) & (1'b1 == ap_CS_fsm_pp0_stage0) & (drive_write_throttle_params_V_empty_n == 1'b1) & (ap_enable_reg_pp0_iter0 == 1'b1))) begin
        drive_write_throttle_params_V_read = 1'b1;
    end else begin
        drive_write_throttle_params_V_read = 1'b0;
    end
end

always @ (*) begin
    case (ap_CS_fsm)
        ap_ST_fsm_state1 : begin
            if (((ap_start == 1'b1) & (1'b1 == ap_CS_fsm_state1))) begin
                ap_NS_fsm = ap_ST_fsm_pp0_stage0;
            end else begin
                ap_NS_fsm = ap_ST_fsm_state1;
            end
        end
        ap_ST_fsm_pp0_stage0 : begin
            ap_NS_fsm = ap_ST_fsm_pp0_stage0;
        end
        default : begin
            ap_NS_fsm = 'bx;
        end
    endcase
end

assign after_throttle_unified_dram_write_req_apply_V_addr_din = ap_phi_mux_tmp_addr_phi_fu_326_p4;

assign after_throttle_unified_dram_write_req_apply_V_addr_write = after_throttle_unified_dram_write_req_apply_V_num1_update;

assign after_throttle_unified_dram_write_req_apply_V_num_din = ap_phi_mux_tmp_num_phi_fu_315_p4;

assign after_throttle_unified_dram_write_req_apply_V_num_write = after_throttle_unified_dram_write_req_apply_V_num1_update;

assign after_throttle_unified_dram_write_req_data_V_data_V_din = tmp_data_V_fu_198;

assign after_throttle_unified_dram_write_req_data_V_data_V_write = after_throttle_unified_dram_write_req_data_V_last1_update;

assign after_throttle_unified_dram_write_req_data_V_last_din = tmp_last_fu_194;

assign after_throttle_unified_dram_write_req_data_V_last_write = after_throttle_unified_dram_write_req_data_V_last1_update;

assign ap_CS_fsm_pp0_stage0 = ap_CS_fsm[32'd1];

assign ap_CS_fsm_state1 = ap_CS_fsm[32'd0];

assign ap_block_pp0_stage0 = ~(1'b1 == 1'b1);

assign ap_block_pp0_stage0_01001 = ~(1'b1 == 1'b1);

assign ap_block_pp0_stage0_11001 = ~(1'b1 == 1'b1);

assign ap_block_pp0_stage0_subdone = ~(1'b1 == 1'b1);

assign ap_block_state2_pp0_stage0_iter0 = ~(1'b1 == 1'b1);

assign ap_block_state3_pp0_stage0_iter1 = ~(1'b1 == 1'b1);

assign ap_block_state4_pp0_stage0_iter2 = ~(1'b1 == 1'b1);

always @ (*) begin
    ap_condition_110 = ((1'b0 == ap_block_pp0_stage0_11001) & (1'b1 == ap_CS_fsm_pp0_stage0) & (ap_enable_reg_pp0_iter1 == 1'b1));
end

assign ap_done = 1'b0;

assign ap_enable_pp0 = (ap_idle_pp0 ^ 1'b1);

assign ap_phi_mux_valid_write_req_data_3_phi_fu_384_p10 = ap_phi_reg_pp0_iter2_valid_write_req_data_3_reg_379;

assign ap_phi_reg_pp0_iter0_has_write_req_apply_1_reg_334 = 'bx;

assign ap_phi_reg_pp0_iter0_has_write_req_apply_3_reg_368 = 'bx;

assign ap_phi_reg_pp0_iter0_p_010_0_2_reg_344 = 'bx;

assign ap_phi_reg_pp0_iter0_p_010_1_2_reg_356 = 'bx;

assign ap_phi_reg_pp0_iter0_tmp_addr_reg_323 = 'bx;

assign ap_phi_reg_pp0_iter0_tmp_num_reg_312 = 'bx;

assign ap_phi_reg_pp0_iter0_valid_write_req_data_3_reg_379 = 'bx;

assign ap_phi_reg_pp0_iter2_valid_write_req_data_5_reg_401 = 'bx;

assign ap_ready = 1'b0;

assign before_throttle_unified_dram_write_req_apply_V_addr_read = before_throttle_unified_dram_write_req_apply_V_num0_update;

assign before_throttle_unified_dram_write_req_apply_V_num_read = before_throttle_unified_dram_write_req_apply_V_num0_update;

assign before_throttle_unified_dram_write_req_data_V_data_V_read = before_throttle_unified_dram_write_req_data_V_last0_update;

assign before_throttle_unified_dram_write_req_data_V_last_read = before_throttle_unified_dram_write_req_data_V_last0_update;

assign empty_n_2_nbread_fu_216_p3_0 = (before_throttle_unified_dram_write_req_data_V_last_empty_n & before_throttle_unified_dram_write_req_data_V_data_V_empty_n);

assign empty_n_3_nbread_fu_208_p3_0 = (before_throttle_unified_dram_write_req_apply_V_num_empty_n & before_throttle_unified_dram_write_req_apply_V_addr_empty_n);

assign empty_n_4_fu_534_p1 = empty_n_2_nbread_fu_216_p3_0;

assign empty_n_5_fu_522_p1 = empty_n_3_nbread_fu_208_p3_0;

assign full_n_1_nbwrite_fu_234_p5 = (after_throttle_unified_dram_write_req_data_V_last_full_n & after_throttle_unified_dram_write_req_data_V_data_V_full_n);

assign full_n_nbwrite_fu_224_p5 = (after_throttle_unified_dram_write_req_apply_V_num_full_n & after_throttle_unified_dram_write_req_apply_V_addr_full_n);

assign not_empty_n_fu_503_p2 = (empty_n_reg_712 ^ 1'd1);

assign not_full_n_i7_fu_646_p2 = (full_n_nbwrite_fu_224_p5 ^ 1'd1);

assign not_full_n_i_fu_667_p2 = (full_n_1_nbwrite_fu_234_p5 ^ 1'd1);

assign not_s_fu_617_p2 = (tmp_6_fu_611_p2 ^ 1'd1);

assign or_cond_fu_566_p2 = (tmp_s_fu_560_p2 | tmp_9_fu_554_p2);

assign p_0_1_fu_481_p3 = ((empty_n_reg_712[0:0] === 1'b1) ? 25'd0 : write_req_contiguous_times_V_1_fu_190);

assign p_1_fu_582_p3 = ((tmp_2_fu_576_p2[0:0] === 1'b1) ? 25'd0 : write_req_contiguous_times_V_fu_548_p2);

assign p_has_write_req_apply_1_fu_652_p2 = (not_full_n_i7_fu_646_p2 & ap_phi_mux_has_write_req_apply_1_phi_fu_337_p4);

assign p_s_fu_623_p3 = ((tmp_6_fu_611_p2[0:0] === 1'b1) ? 32'd0 : write_req_stall_times_2_fu_605_p2);

assign throttle_cnt_1_fu_496_p3 = ((empty_n_reg_712[0:0] === 1'b1) ? throttle_cnt_2_cast_fu_478_p1 : ap_phi_mux_throttle_cnt_phi_fu_259_p4);

assign throttle_cnt_2_cast_fu_478_p1 = throttle_cnt_2_reg_721;

assign throttle_cnt_2_fu_452_p1 = drive_write_throttle_params_V_dout[15:0];

assign throttle_threshold_2_fu_475_p1 = throttle_threshold_1_reg_726;

assign throttle_threshold_3_fu_489_p3 = ((empty_n_reg_712[0:0] === 1'b1) ? throttle_threshold_2_fu_475_p1 : ap_phi_mux_throttle_threshold_phi_fu_248_p4);

assign tmp_1_fu_572_p1 = write_req_contiguous_times_V_fu_548_p2;

assign tmp_2_fu_576_p2 = ((tmp_1_fu_572_p1 == throttle_threshold_3_fu_489_p3) ? 1'b1 : 1'b0);

assign tmp_6_fu_611_p2 = ((write_req_stall_times_2_fu_605_p2 == throttle_cnt_1_fu_496_p3) ? 1'b1 : 1'b0);

assign tmp_9_fu_554_p2 = ((throttle_threshold_3_fu_489_p3 == 32'd0) ? 1'b1 : 1'b0);

assign tmp_s_fu_560_p2 = ((throttle_cnt_1_fu_496_p3 == 32'd0) ? 1'b1 : 1'b0);

assign write_req_contiguous_times_V_fu_548_p2 = (p_0_1_fu_481_p3 + 25'd1);

assign write_req_stall_1_fu_508_p2 = (write_req_stall_fu_186 & not_empty_n_fu_503_p2);

assign write_req_stall_times_1_fu_514_p3 = ((empty_n_reg_712[0:0] === 1'b1) ? 32'd0 : write_req_stall_times_fu_182);

assign write_req_stall_times_2_fu_605_p2 = (write_req_stall_times_1_fu_514_p3 + 32'd1);

endmodule //dram_write_throttle_unit